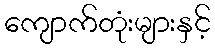
ကျောက်တုံးများနှင့်